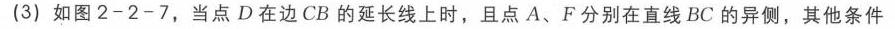
(3) 如图2 - 2 - 7，当点\(D\)在边\(CB\)的延长线上时，且点\(A\)、\(F\)分别在直线\(BC\)的异侧，其他条件